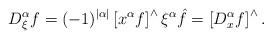
LaTeX: \begin{align*} D_\xi^\alpha f =(-1)^{|\alpha|} \left[ x^\alpha f\right]^\wedge \xi^\alpha \hat{f} = \left[ D_x^\alpha f\right]^\wedge. \end{align*}